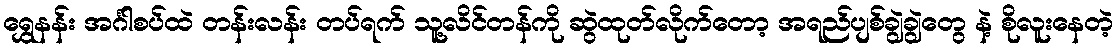
ရွှေနန်း အင်္ဂါစပ်ထဲ တန်းလန်း တပ်ရက် သူ့လိင်တန်ကို ဆွဲထုတ်လိုက်တော့ အရည်ပျစ်ချွဲချွဲတွေ နဲ့ စိုလူးနေတဲ့